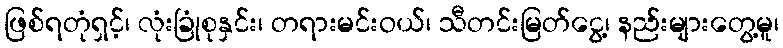
ဖြစ်ရတုံရှင့်၊ လုံးခြုံစုနှင်း၊ တရားမင်းဝယ်၊ သီတင်းမြတ်ငွေ့၊ နည်းများတွေ့မူ၊